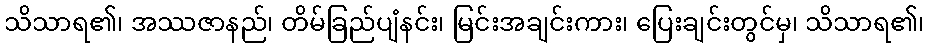
သိသာရ၏၊ အဿဇာနည်၊ တိမ်ခြည်ပျံနင်း၊ မြင်းအချင်းကား၊ ပြေးချင်းတွင်မှ၊ သိသာရ၏၊